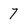
Character: 7